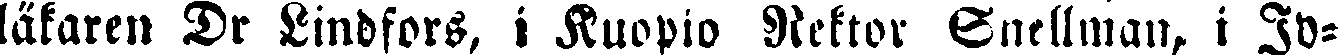
läkaren Dr Lindfors, i Kuopio Rektor Snellman, i Iv-